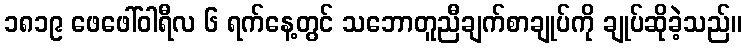
၁၈၁၉ ဖေဖေါ်ဝါရီလ ၆ ရက်နေ့တွင် သဘောတူညီချက်စာချုပ်ကို ချုပ်ဆိုခဲ့သည်။